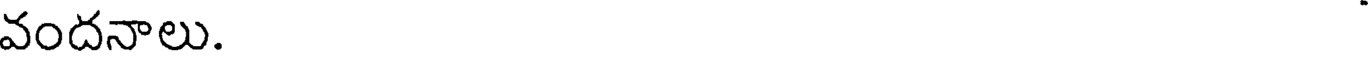
వందనాలు.